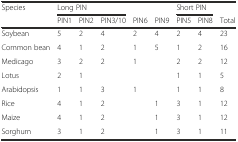
<table><thead><tr><td rowspan="2"><b>Species</b></td><td colspan="3"><b>Long PIN</b></td><td></td><td></td><td colspan="2"><b>Short PIN</b></td><td></td></tr><tr><td><b>PIN1</b></td><td><b>PIN2</b></td><td><b>PIN3/10</b></td><td><b>PIN6</b></td><td><b>PIN9</b></td><td><b>PIN5</b></td><td><b>PIN8</b></td><td><b>Total</b></td></tr></thead><tbody><tr><td>Soybean</td><td>5</td><td>2</td><td>4</td><td>2</td><td>4</td><td>2</td><td>4</td><td>23</td></tr><tr><td>Common bean</td><td>4</td><td>1</td><td>2</td><td>1</td><td>5</td><td>1</td><td>2</td><td>16</td></tr><tr><td>Medicago</td><td>3</td><td>2</td><td>2</td><td>1</td><td></td><td>2</td><td>2</td><td>12</td></tr><tr><td>Lotus</td><td>2</td><td>1</td><td></td><td></td><td></td><td>1</td><td>1</td><td>5</td></tr><tr><td>Arabidopsis</td><td>1</td><td>1</td><td>3</td><td>1</td><td></td><td>1</td><td>1</td><td>8</td></tr><tr><td>Rice</td><td>4</td><td>1</td><td>2</td><td></td><td>1</td><td>3</td><td>1</td><td>12</td></tr><tr><td>Maize</td><td>4</td><td>1</td><td>2</td><td></td><td>1</td><td>3</td><td>1</td><td>12</td></tr><tr><td>Sorghum</td><td>3</td><td>1</td><td>2</td><td></td><td>1</td><td>3</td><td>1</td><td>11</td></tr></tbody></table>